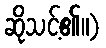
ဆိုသင့်၏။)